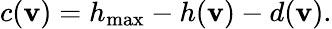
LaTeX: c(\mathbf{v})=h_{\mathrm{{max}}}-h(\mathbf{v})-d(\mathbf{v}).